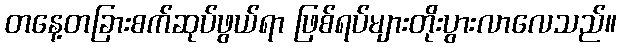
တနေ့တခြားစက်ဆုပ်ဖွယ်ရာ ဖြစ်ရပ်များတိုးပွားလာလေသည်။